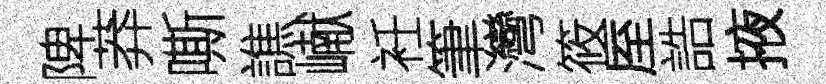
陴莽嘶譙𪩘衽筆灣筱厔誥掖